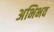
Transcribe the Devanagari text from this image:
अभिभव